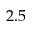
2 . 5